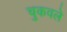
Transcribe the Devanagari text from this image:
चुकवले